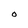
Character: O